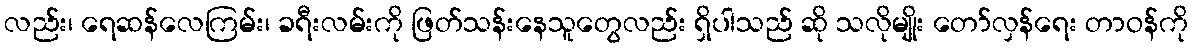
လည်း၊ ရေဆန်လေကြမ်း၊ ခရီးလမ်းကို ဖြတ်သန်းနေသူတွေလည်း ရှိပါသည် ဆို သလိုမျိုး တော်လှန်ရေး တာဝန်ကို